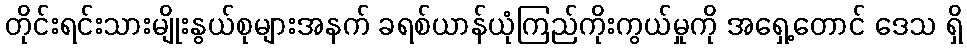
တိုင်းရင်းသားမျိုးနွယ်စုများအနက် ခရစ်ယာန်ယုံကြည်ကိုးကွယ်မှုကို အရှေ့တောင် ဒေသ ရှိ